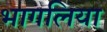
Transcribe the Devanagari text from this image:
भागलिया